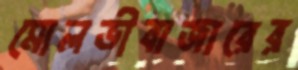
মোলভীবাজারের